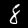
Label: 8